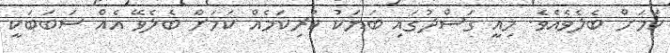
ކަމަށް ބެލެވެއެވެ. މިއީ ގަސްދުގައި ބަޔަކު ކުރިކަމެއް ކަމަށް ބެލެވޭ އެއް ސަބަބަކީ